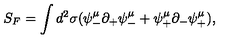
S _ { F } = \int d ^ { 2 } \sigma ( \psi _ { - } ^ { \mu } \partial _ { + } \psi _ { - } ^ { \mu } + \psi _ { + } ^ { \mu } \partial _ { - } \psi _ { + } ^ { \mu } ) ,